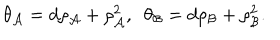
LaTeX: \theta _ { \cal A } = d \rho _ { \cal A } + \rho _ { \cal A } ^ { 2 } , ~ ~ \theta _ { \cal B } = d \rho _ { \cal B } + \rho _ { \cal B } ^ { 2 } .